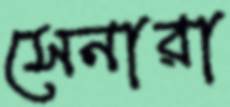
সেনারা